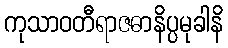
ကုသာဝတီရာဇဓာနိပ္ပမုခါနိ